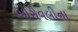
બોરીવલીના